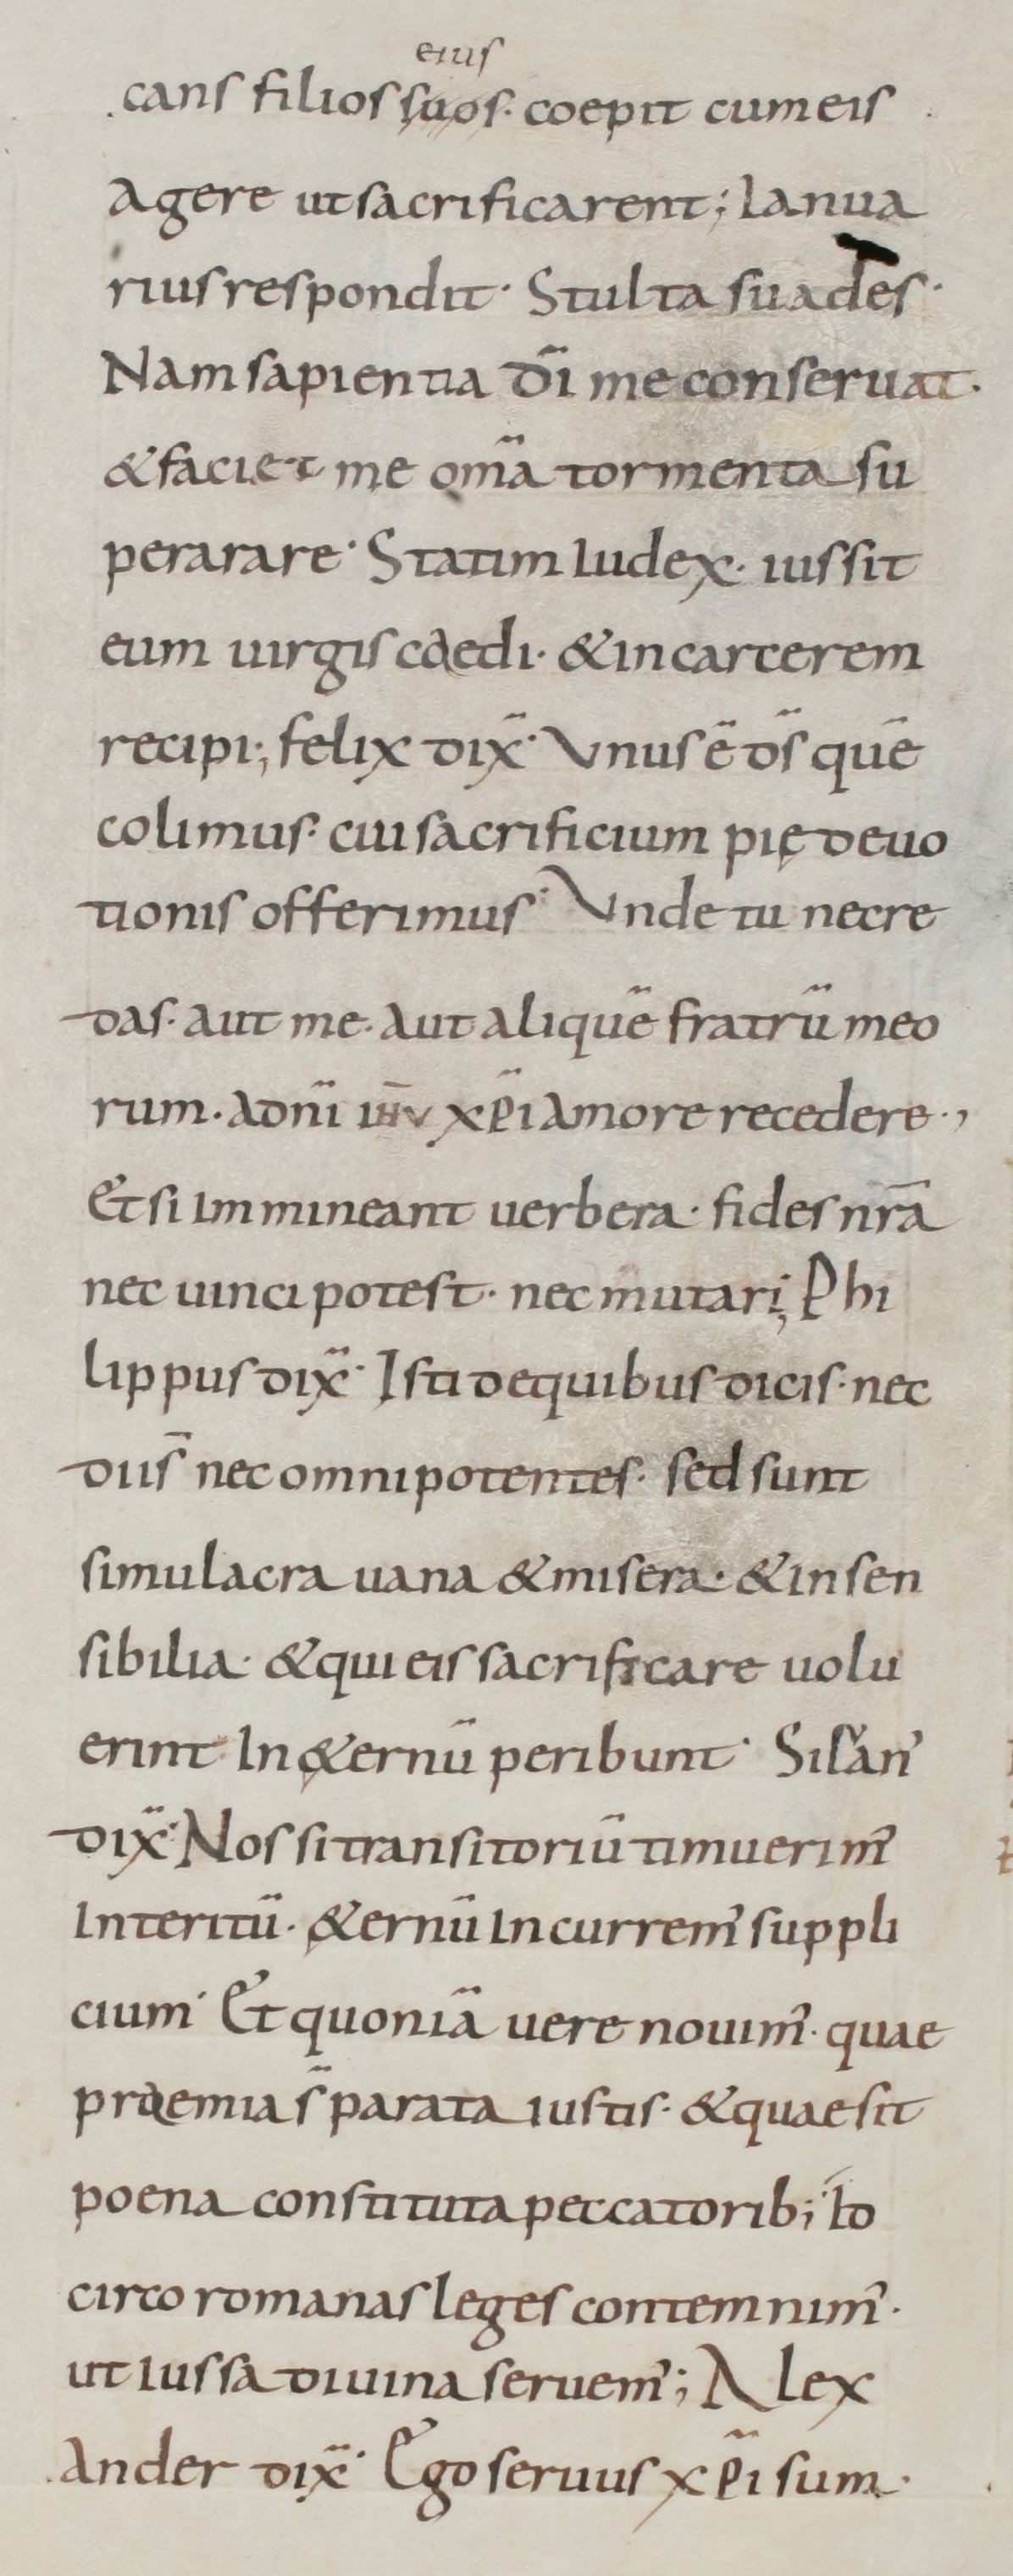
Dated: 800–949